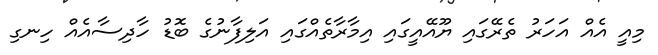
މިއީ އެއް އަހަރު ތެރޭގައި ޔޫއޭއީގައި އިމާރާތެއްގައި އަލިފާނުގެ ބޮޑު ހާދިސާއެއް ހިނގި